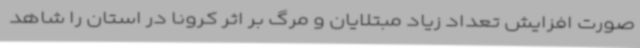
صورت افزایش تعداد زیاد مبتلایان و مرگ بر اثر کرونا در استان را شاهد